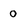
Character: 0